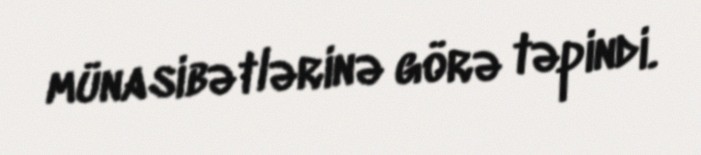
münasibətlərinə görə təpindi.